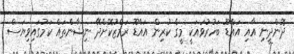
ދޮންދީނި އާއި އައްޑޫ ބަހުރުވައަކީ މީގެ ކުރިން އައްޑޫ ރަމްޒުކޮށްދޭ ނިޝާންތައް ކަމުގައިވިޔަސް